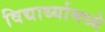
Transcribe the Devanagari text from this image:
विद्यार्थ्यामध्ये